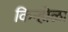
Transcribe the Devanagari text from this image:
किन्होळा